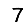
Digit: 7